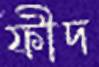
ফীদ